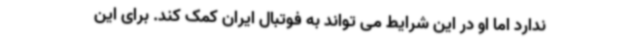
ندارد اما او در این شرایط می تواند به فوتبال ایران کمک کند. برای این